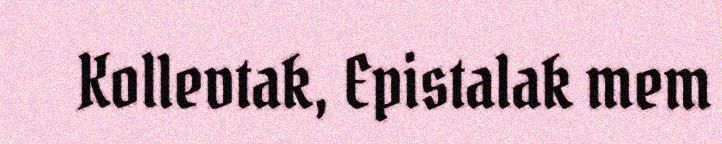
Kollevtak, Epistalak mem